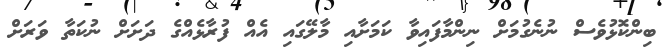
ބިންކޮޅުވެސް ނުނެގުމަށް ނިންމާފައިވާ ކަމަށާއި މާލޭގައި އެއް ފުރާޅެއްގެ ދަށަށް ނުކަތާ ވަރަށް